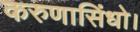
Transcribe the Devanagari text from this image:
करुणासिंधो।